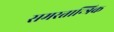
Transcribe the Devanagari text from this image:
समरतान्त्रिक